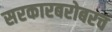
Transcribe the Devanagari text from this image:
सरकारबरोबरच